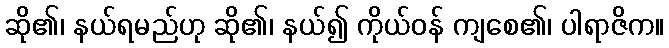
ဆို၏၊ နယ်ရမည်ဟု ဆို၏၊ နယ်၍ ကိုယ်ဝန် ကျစေ၏၊ ပါရာဇိက။